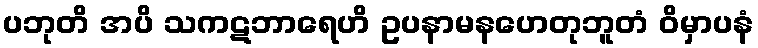
ပဘုတိ အပိ သကဋဘာရေဟိ ဥပနာမနဟေတုဘူတံ ဝိမှာပနံ